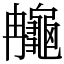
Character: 䶲